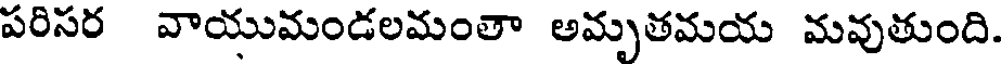
పరిసర వాయుమండలమంతా అమృతమయ మవుతుంది.